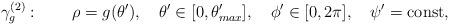
LaTeX: \begin{align*}\gamma^{(2)}_{g}:\quad\quad\rho=g(\theta^\prime ),\quad \theta^\prime\in[0,\theta^\prime_{max}],\quad \phi^\prime \in[0,2\pi],\quad\psi^\prime ={\rm const},\end{align*}